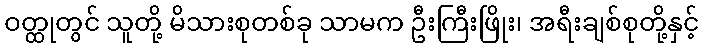
ဝတ္ထုတွင် သူတို့ မိသားစုတစ်ခု သာမက ဦးကြီးဖြိုး၊ အရီးချစ်စုတို့နှင့်